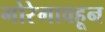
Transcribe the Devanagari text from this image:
गोरेगावहून